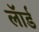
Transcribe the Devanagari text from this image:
लॅार्ड